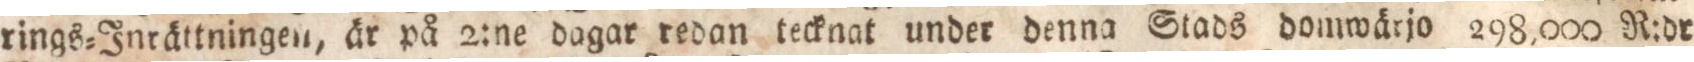
rings=Inrättningen, är på 2:ne dagar redan tecknat under denna Stads domwärjo 298,000 R:dr